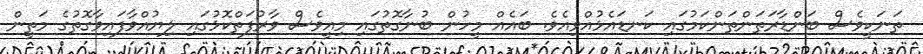
ތަނަކީވެސް ބަންޑާރަތަންތަންކަމުގައި ކަނޑައެޅުއްވިއެވެ. ބައެއް މީހުން ބުނާގޮތުގައި މިއީވެސް ވާރުފަތްކޮޅުގައި ލިޔުއްވާފައިވާގޮތުގެ މަތީން